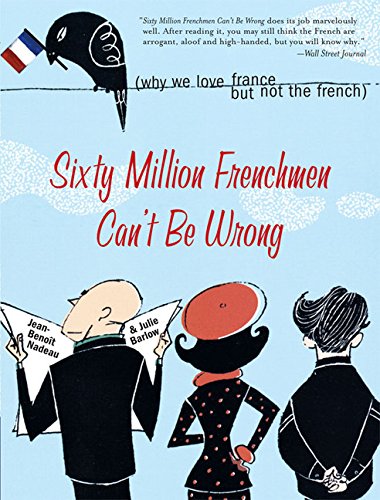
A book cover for Sixty Million Frenchmen Can't Be Wrong: Why We Love France but Not the French; Jean-Benoit Nadeau; Travel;